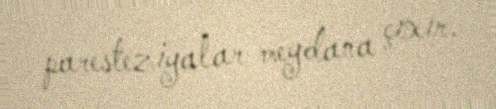
paresteziyalar meydana çıxır.